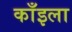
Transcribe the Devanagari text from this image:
काँइला